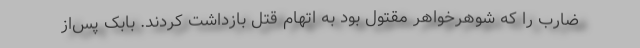
ضارب را که شوهرخواهر مقتول بود به اتهام قتل بازداشت کردند. بابک پس‌از